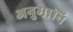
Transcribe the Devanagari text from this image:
अनुमानि